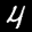
Label: 4